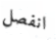
انفصل